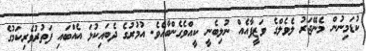
ކުޑަމިނުން މެނޭޖަރު ލެވެލްގެ ވަޒީފާއެއް ނުލިބެނީ ކީއްވެގެންބާއެވެ. އުމުރުގެ ދެބައިކުޅަ އެއްބައި ފަތުރުވެރިކަމުގެ